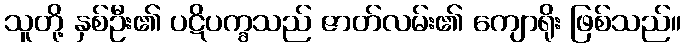
သူတို့ နှစ်ဦး၏ ပဋိပက္ခသည် ဇာတ်လမ်း၏ ကျောရိုး ဖြစ်သည်။